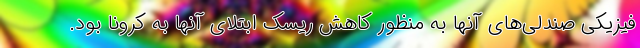
فیزیکی صندلی‌های آنها به منظور کاهش ریسک ابتلای آنها به کرونا بود.